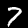
Digit: 7